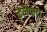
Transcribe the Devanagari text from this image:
इलेफंटा